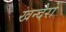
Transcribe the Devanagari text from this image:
खन्देरो